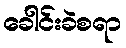
ခေါင်းခဲစရာ